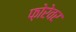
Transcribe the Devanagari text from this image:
फ़ोरेवर